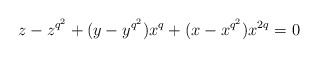
\begin{align*}z-z^{q^2}+(y-y^{q^2})x^q+(x-x^{q^2})x^{2q}=0\end{align*}